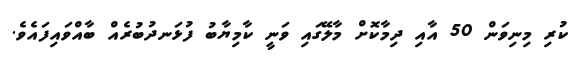
ކުރި މިނިވަން 50 އާއި ދިމާކޮށް މާލޭގައި ވަނީ ކާމިޔާބު ފުޅަނދުބުރެއް ބާއްވައިފައެވެ.